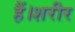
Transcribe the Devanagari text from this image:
हैं।शरीर